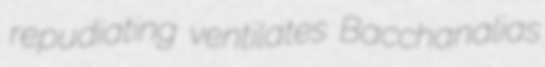
repudiating ventilates Bacchanalias